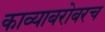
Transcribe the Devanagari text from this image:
काव्याबरोबरच